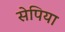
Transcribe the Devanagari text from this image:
सेपिया